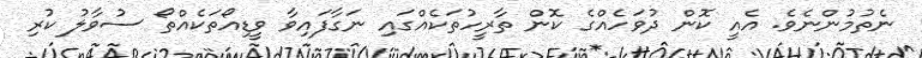
ނެތުމުންނެވެ. އެއީ ކޮން ދުވަހެއްގެ ކޮން ތާރީހުތަކެއްގައި ނަގާފައިވާ ވީޑިއޯތަކެއްތޯ ސުވާލު ކުރި